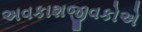
અવકાશજીવકોએ